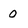
Character: O